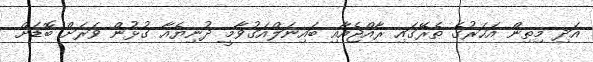
އަދި މިތިން އަހަރުގެ ތެރޭގައި ރާއްޖެއާއި ބައިނަލްއަގުވާމީ ދުނިޔެއާ ގުޅުން ވަރަށް ބޮޑަށް